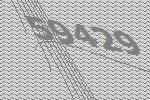
59429